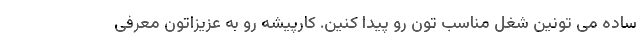
ساده می تونین شغل مناسب تون رو پیدا کنین. کارپیشه رو به عزیزاتون معرفی